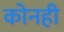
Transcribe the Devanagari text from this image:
कोनही